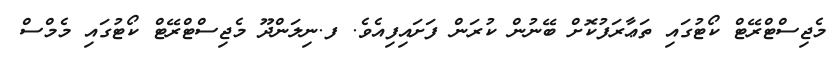
މެޖިސްޓްރޭޓް ކޯޓުގައި ތަޢާރަފުކޮށް ބޭނުން ކުރަން ފަށައިފިއެވެ. ފ.ނިލަންދޫ މެޖިސްޓްރޭޓް ކޯޓުގައި މެމްސް